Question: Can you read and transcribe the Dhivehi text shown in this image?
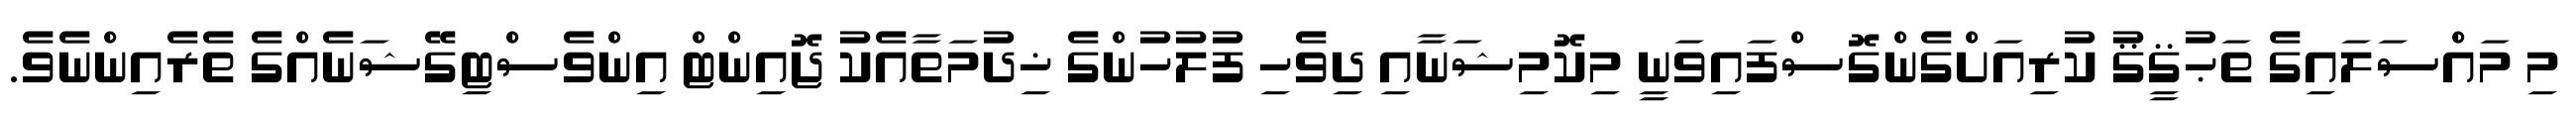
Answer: މި މައްސަލައިގެ ތަޙުޤީޤު ކުރިއަށްގެންގޮސްފައިވަނީ މިކޮމިޝަނާއި ދިވެހި ފުލުހުންގެ ޚިދުމަތާއެކު ޖޮއިންޓް އިންވެސްޓިގޭޝަނެއްގެ ތެރެއިންނެވެ.